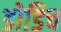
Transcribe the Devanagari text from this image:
डोडिच